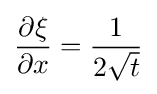
{\frac {\partial \xi }{\partial x}}={\frac {1}{2{\sqrt {t}}}}